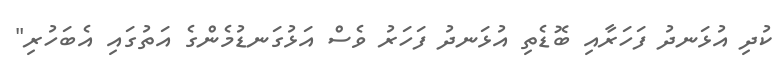
ކުދި އުޅަނދު ފަހަރާއި ބޮޑެތި އުޅަނދު ފަހަރު ވެސް އަޅުގަނޑުމެންގެ އަތުގައި އެބަހުރި"